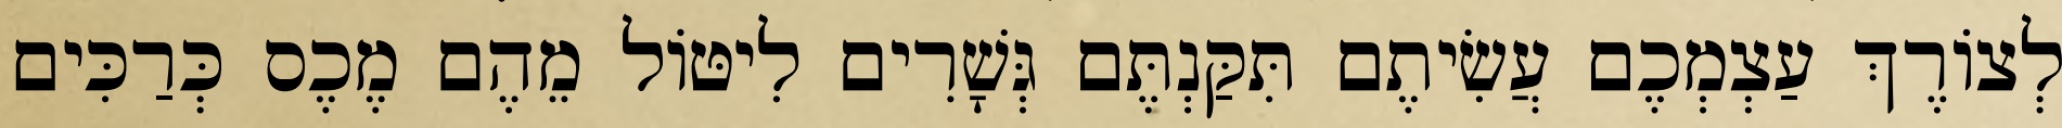
לְצוֹרֶךְ עַצְמְכֶם עֲשִׂיתֶם תִּקַּנְתֶּם גְּשָׁרִים לִיטּוֹל מֵהֶם מֶכֶס כְּרַכִּים